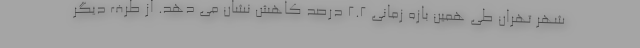
شهر تهران طی همین بازه زمانی ۲.۲ درصد کاهش نشان می دهد. از طرف دیگر